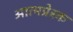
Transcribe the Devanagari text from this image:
आत्मप्रेरक